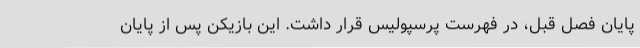
پایان فصل قبل، در فهرست پرسپولیس قرار داشت. این بازیکن پس از پایان